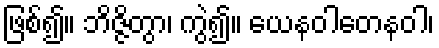
ဖြစ်၍။ ဘိဇ္ဇိတွာ၊ ကွဲ၍။ ယေနဝါတေနဝါ၊